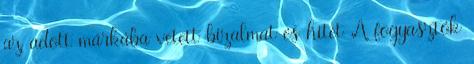
az adott márkába vetett bizalmat és hitet A fogyasztók